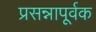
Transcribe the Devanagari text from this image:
प्रसन्नापूर्वक